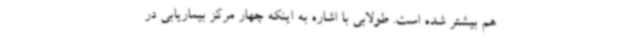
هم بیشتر شده است. طولابی با اشاره به اینکه چهار مرکز بیماریابی در